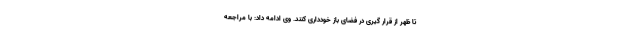
تا ظهر از قرار گیری در فضای باز خودداری کنند. وی ادامه داد: با مراجعه